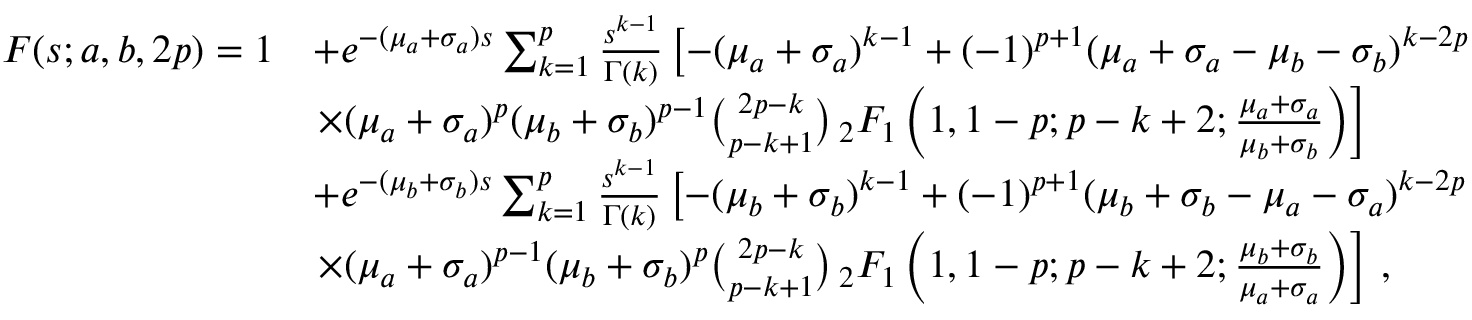
\begin{array} { r l } { F ( s ; a , b , 2 p ) = 1 } & { + e ^ { - ( \mu _ { a } + \sigma _ { a } ) s } \sum _ { k = 1 } ^ { p } \frac { s ^ { k - 1 } } { \Gamma ( k ) } \left[ - ( \mu _ { a } + \sigma _ { a } ) ^ { k - 1 } + ( - 1 ) ^ { p + 1 } ( \mu _ { a } + \sigma _ { a } - \mu _ { b } - \sigma _ { b } ) ^ { k - 2 p } \right. } \\ & { \left. \times ( \mu _ { a } + \sigma _ { a } ) ^ { p } ( \mu _ { b } + \sigma _ { b } ) ^ { p - 1 } \binom { 2 p - k } { p - k + 1 } \, _ { 2 } F _ { 1 } \left( 1 , 1 - p ; p - k + 2 ; \frac { \mu _ { a } + \sigma _ { a } } { \mu _ { b } + \sigma _ { b } } \right) \right] } \\ & { + e ^ { - ( \mu _ { b } + \sigma _ { b } ) s } \sum _ { k = 1 } ^ { p } \frac { s ^ { k - 1 } } { \Gamma ( k ) } \left[ - ( \mu _ { b } + \sigma _ { b } ) ^ { k - 1 } + ( - 1 ) ^ { p + 1 } ( \mu _ { b } + \sigma _ { b } - \mu _ { a } - \sigma _ { a } ) ^ { k - 2 p } \right. } \\ & { \left. \times ( \mu _ { a } + \sigma _ { a } ) ^ { p - 1 } ( \mu _ { b } + \sigma _ { b } ) ^ { p } \binom { 2 p - k } { p - k + 1 } \, _ { 2 } F _ { 1 } \left( 1 , 1 - p ; p - k + 2 ; \frac { \mu _ { b } + \sigma _ { b } } { \mu _ { a } + \sigma _ { a } } \right) \right] \, , } \end{array}